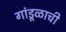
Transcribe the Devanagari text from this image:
गांडूळाची